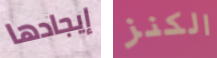
إيجادها الكنز